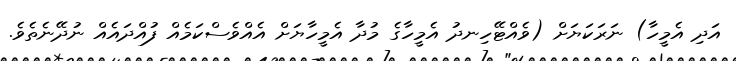
އަދި އެމީހާ) ނަރަކަޔަށް (ވެއްޓޭހިނދު އެމީހާގެ މުދާ އެމީހާޔަށް އެއްވެސްކަމެއް ފުއްދައެއް ނުދޭނެތެވެ.